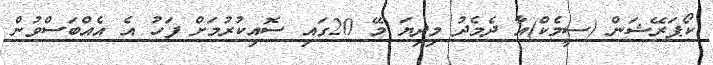
ކޯޕަރޭޝަން (ސީމެކް)އާ ދެމެދު މިދިޔަ މޭ 20ގައި ސޮއިކުރުމަށް ފަހު އެ އެއްބަސްވުން